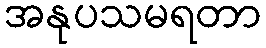
အနုပသမရတာ